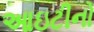
આઇટીનો